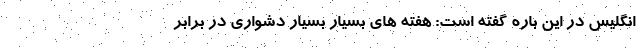
انگلیس در این باره گفته است: هفته های بسیار بسیار دشواری در برابر